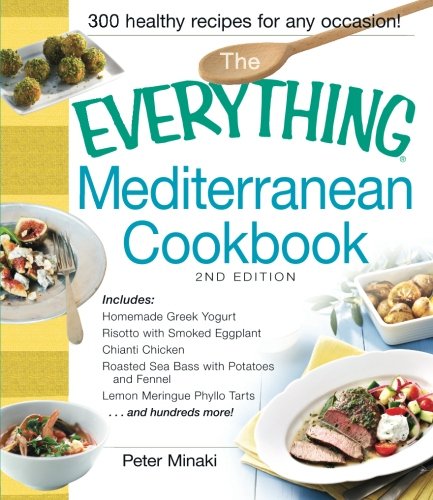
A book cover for The Everything Mediterranean Cookbook: Includes Homemade Greek Yogurt, Risotto with Smoked Eggplant, Chianti Chicken, Roasted Sea Bass with Potatoes ... Meringue Phyllo Tarts and hundreds more!; Peter Minaki; Cookbooks, Food & Wine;